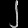
Digit: ၂